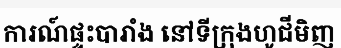
ការណ៍ផ្ទះបារាំង នៅទីក្រុងហូជីមិញ